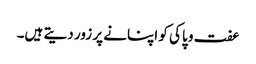
عفت و پاکی کو اپنانے پر زور دیتے ہیں۔